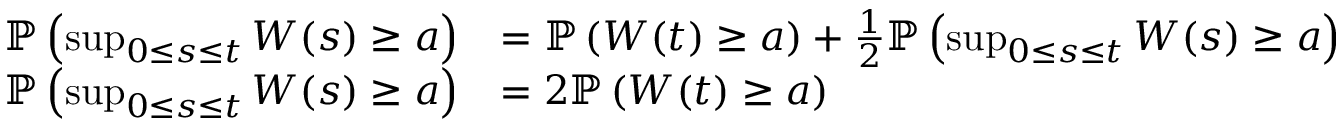
{ \begin{array} { r l } { \mathbb { P } \left( \operatorname* { s u p } _ { 0 \leq s \leq t } W ( s ) \geq a \right) } & { = \mathbb { P } \left( W ( t ) \geq a \right) + { \frac { 1 } { 2 } } \mathbb { P } \left( \operatorname* { s u p } _ { 0 \leq s \leq t } W ( s ) \geq a \right) } \\ { \mathbb { P } \left( \operatorname* { s u p } _ { 0 \leq s \leq t } W ( s ) \geq a \right) } & { = 2 \mathbb { P } \left( W ( t ) \geq a \right) } \end{array} }